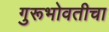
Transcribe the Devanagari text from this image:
गुरूभोवतीचा